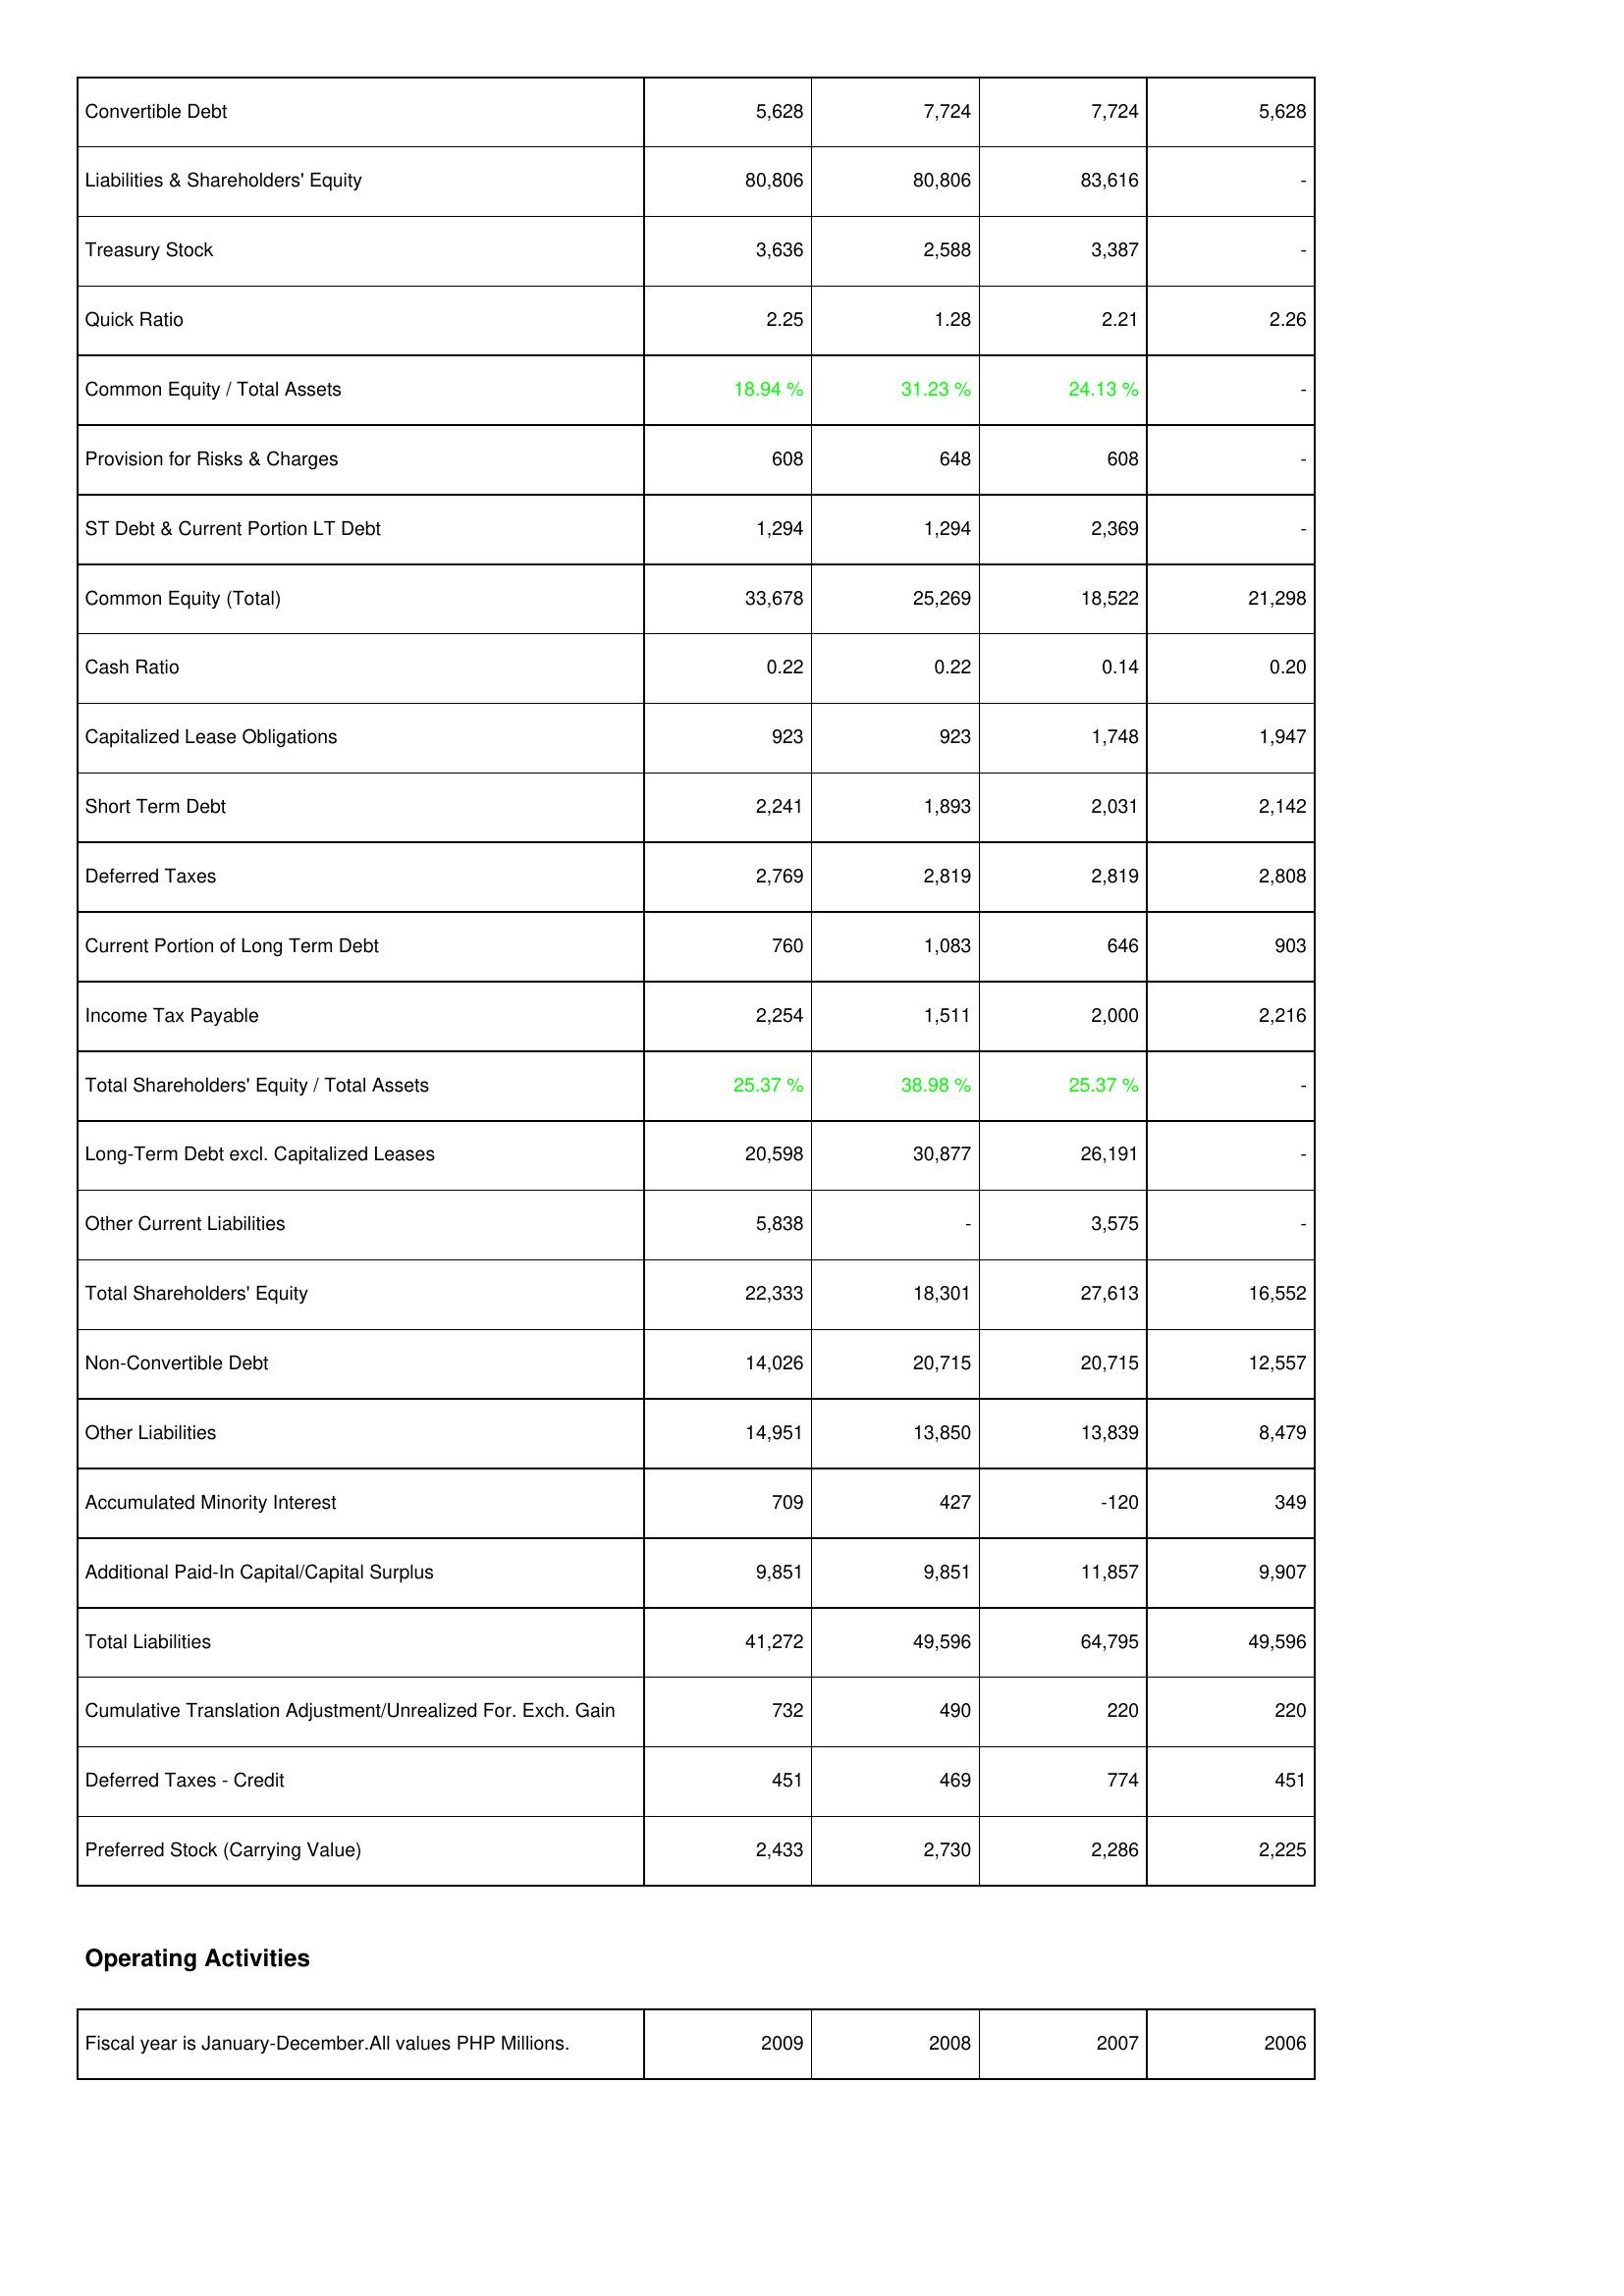
2009: Liabilities & Shareholders' Equity: Convertible Debt: 5,628
Liabilities & Shareholders' Equity: 80,806
Treasury Stock: 3,636
Quick Ratio: 2.25
Common Equity / Total Assets: 18.94 %
Provision for Risks & Charges: 608
ST Debt & Current Portion LT Debt: 1,294
Common Equity (Total): 33,678
Cash Ratio: 0.22
Capitalized Lease Obligations: 923
Short Term Debt: 2,241
Deferred Taxes: 2,769
Current Portion of Long Term Debt: 760
Income Tax Payable: 2,254
Total Shareholders' Equity / Total Assets: 25.37 %
Long-Term Debt excl. Capitalized Leases: 20,598
Other Current Liabilities: 5,838
Total Shareholders' Equity: 22,333
Non-Convertible Debt: 14,026
Other Liabilities: 14,951
Accumulated Minority Interest: 709
Additional Paid-In Capital/Capital Surplus: 9,851
Total Liabilities: 41,272
Cumulative Translation Adjustment/Unrealized For. Exch. Gain: 732
Deferred Taxes - Credit: 451
Preferred Stock (Carrying Value): 2,433
2008: Liabilities & Shareholders' Equity: Convertible Debt: 7,724
Liabilities & Shareholders' Equity: 80,806
Treasury Stock: 2,588
Quick Ratio: 1.28
Common Equity / Total Assets: 31.23 %
Provision for Risks & Charges: 648
ST Debt & Current Portion LT Debt: 1,294
Common Equity (Total): 25,269
Cash Ratio: 0.22
Capitalized Lease Obligations: 923
Short Term Debt: 1,893
Deferred Taxes: 2,819
Current Portion of Long Term Debt: 1,083
Income Tax Payable: 1,511
Total Shareholders' Equity / Total Assets: 38.98 %
Long-Term Debt excl. Capitalized Leases: 30,877
Other Current Liabilities: -
Total Shareholders' Equity: 18,301
Non-Convertible Debt: 20,715
Other Liabilities: 13,850
Accumulated Minority Interest: 427
Additional Paid-In Capital/Capital Surplus: 9,851
Total Liabilities: 49,596
Cumulative Translation Adjustment/Unrealized For. Exch. Gain: 490
Deferred Taxes - Credit: 469
Preferred Stock (Carrying Value): 2,730
2007: Liabilities & Shareholders' Equity: Convertible Debt: 7,724
Liabilities & Shareholders' Equity: 83,616
Treasury Stock: 3,387
Quick Ratio: 2.21
Common Equity / Total Assets: 24.13 %
Provision for Risks & Charges: 608
ST Debt & Current Portion LT Debt: 2,369
Common Equity (Total): 18,522
Cash Ratio: 0.14
Capitalized Lease Obligations: 1,748
Short Term Debt: 2,031
Deferred Taxes: 2,819
Current Portion of Long Term Debt: 646
Income Tax Payable: 2,000
Total Shareholders' Equity / Total Assets: 25.37 %
Long-Term Debt excl. Capitalized Leases: 26,191
Other Current Liabilities: 3,575
Total Shareholders' Equity: 27,613
Non-Convertible Debt: 20,715
Other Liabilities: 13,839
Accumulated Minority Interest: -120
Additional Paid-In Capital/Capital Surplus: 11,857
Total Liabilities: 64,795
Cumulative Translation Adjustment/Unrealized For. Exch. Gain: 220
Deferred Taxes - Credit: 774
Preferred Stock (Carrying Value): 2,286
2006: Liabilities & Shareholders' Equity: Convertible Debt: 5,628
Liabilities & Shareholders' Equity: -
Treasury Stock: -
Quick Ratio: 2.26
Common Equity / Total Assets: -
Provision for Risks & Charges: -
ST Debt & Current Portion LT Debt: -
Common Equity (Total): 21,298
Cash Ratio: 0.20
Capitalized Lease Obligations: 1,947
Short Term Debt: 2,142
Deferred Taxes: 2,808
Current Portion of Long Term Debt: 903
Income Tax Payable: 2,216
Total Shareholders' Equity / Total Assets: -
Long-Term Debt excl. Capitalized Leases: -
Other Current Liabilities: -
Total Shareholders' Equity: 16,552
Non-Convertible Debt: 12,557
Other Liabilities: 8,479
Accumulated Minority Interest: 349
Additional Paid-In Capital/Capital Surplus: 9,907
Total Liabilities: 49,596
Cumulative Translation Adjustment/Unrealized For. Exch. Gain: 220
Deferred Taxes - Credit: 451
Preferred Stock (Carrying Value): 2,225